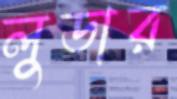
লুডার